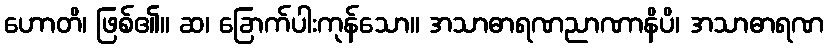
ဟောတိ၊ ဖြစ်၏။ ဆ၊ ခြောက်ပါးကုန်သော။ အသာဓာရဏညာဏာနိပိ၊ အသာဓာရဏ